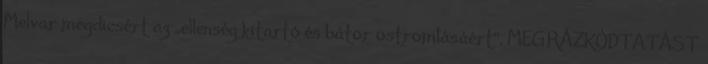
Melvar megdicsért az „ellenség kitartó és bátor ostromlásáért”. MEGRÁZKÓDTATÁST